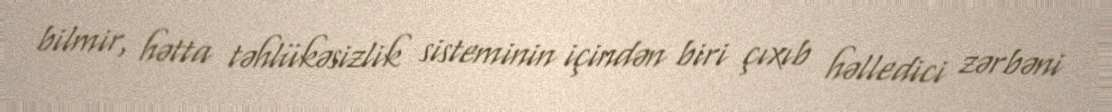
bilmir, hətta təhlükəsizlik sisteminin içindən biri çıxıb həlledici zərbəni